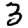
Digit: 3